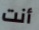
أنت